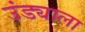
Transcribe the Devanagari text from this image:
उंड्याला